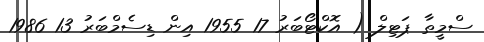
ސްމީތާ ޕަޓިލް ( އޮކްޓޯބަރު 17 1955 އިން ޑިސެމްބަރު 13 1986